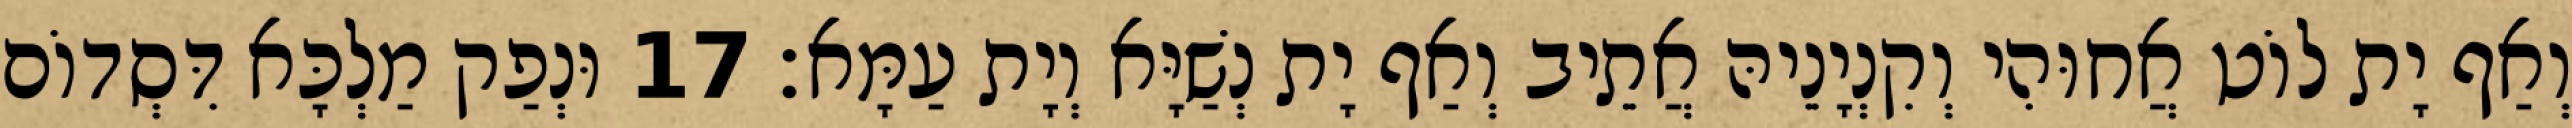
וְאַף יָת לוֹט אֲחוּהִי וְקִנְיָנֵיהּ אֲתֵיב וְאַף יָת נְשַׁיָּא וְיָת עַמָּא׃ 17 וּנְפַק מַלְכָּא דִּסְדוֹם